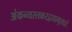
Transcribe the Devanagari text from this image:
अंकन्यस्तकरद्वयामृतघटं